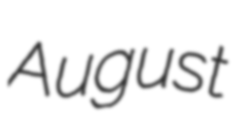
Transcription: August